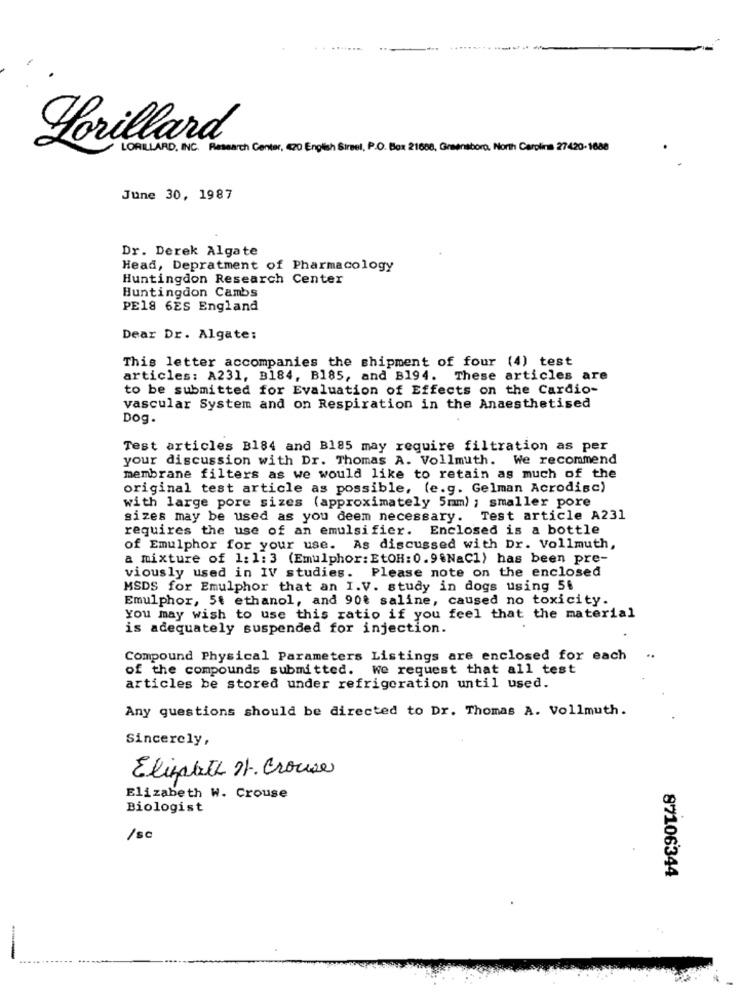
Lorillard
LORILLARD, INC. Research Center, 420 English Streel, P.O. Box 21608, Greensboro, North Carolina 27420-1688
June 30, 1987
Dr. Derek Algate
Head, Depratment of Pharmacology
Huntingdon Research Center
Huntingdon Cambs
PE18 6ES England
Dear Dr. Algate:
This letter accompanies the shipment of four (4) test
articles: A231, B184, B185, and B194. These articles are
to be submitted for Evaluation of Effects on the Cardio-
vascular System and on Respiration in the Anaesthetised
Dog.
Test articles B184 and B185 may require filtration as per
your discussion with Dr. Thomas A. Vollmuth. We recommend
membrane filters as we would like to retain as much of the
original test article as possible, (e.g. Gelman Acrodisc)
with large pore sizes (approximately 5mm) ; smaller pore
sizes may be used as you deem necessary. Test article A231
requires the use of an emulsifier. Enclosed is a bottle
of Emulphor for your use. As discussed with Dr. Vollmuth,
a mixture of 1: 1:3 (Emulphor: EtOH: 0.9.NaCl) has been pre-
viously used in IV studies. Please note on the enclosed
MSDS for Emulphor that an I.V. study in dogs using 56
Emulphor, 5t ethanol, and 90% saline, caused no toxicity.
You may wish to use this ratio if you feel that the material
is adequately suspended for injection.
Compound Physical Parameters Listings are enclosed for each
of the compounds submitted. we request that all test
articles be stored under refrigeration until used.
Any questions should be directed to Dr. Thomas A. Vollmuth.
Sincerely,
Elisabet , Crouse
Elizabeth W. Crouse
Biologist
/ sc
87106344